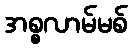
အစ္စလာမ်မစ်